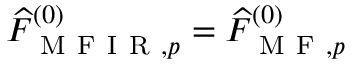
\widehat { F } _ { \mathrm { ~ M ~ F ~ I ~ R ~ } , p } ^ { ( 0 ) } = \widehat { F } _ { \mathrm { ~ M ~ F ~ } , p } ^ { ( 0 ) }